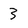
Character: 3